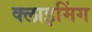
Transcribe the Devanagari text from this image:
क्लाइमिंग